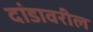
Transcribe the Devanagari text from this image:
दांडावरील